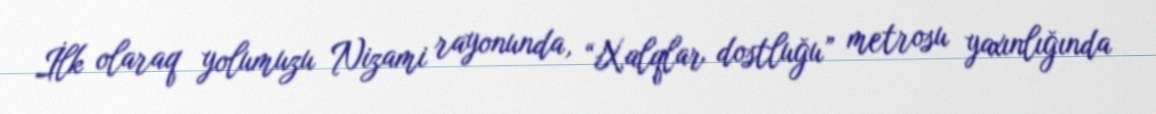
İlk olaraq yolumuzu Nizami rayonunda, “Xalqlar dostluğu” metrosu yaxınlığında